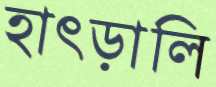
হাৎড়ালি